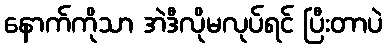
နောက်ကိုသာ အဲဒီလိုမလုပ်ရင် ပြီးတာပဲ